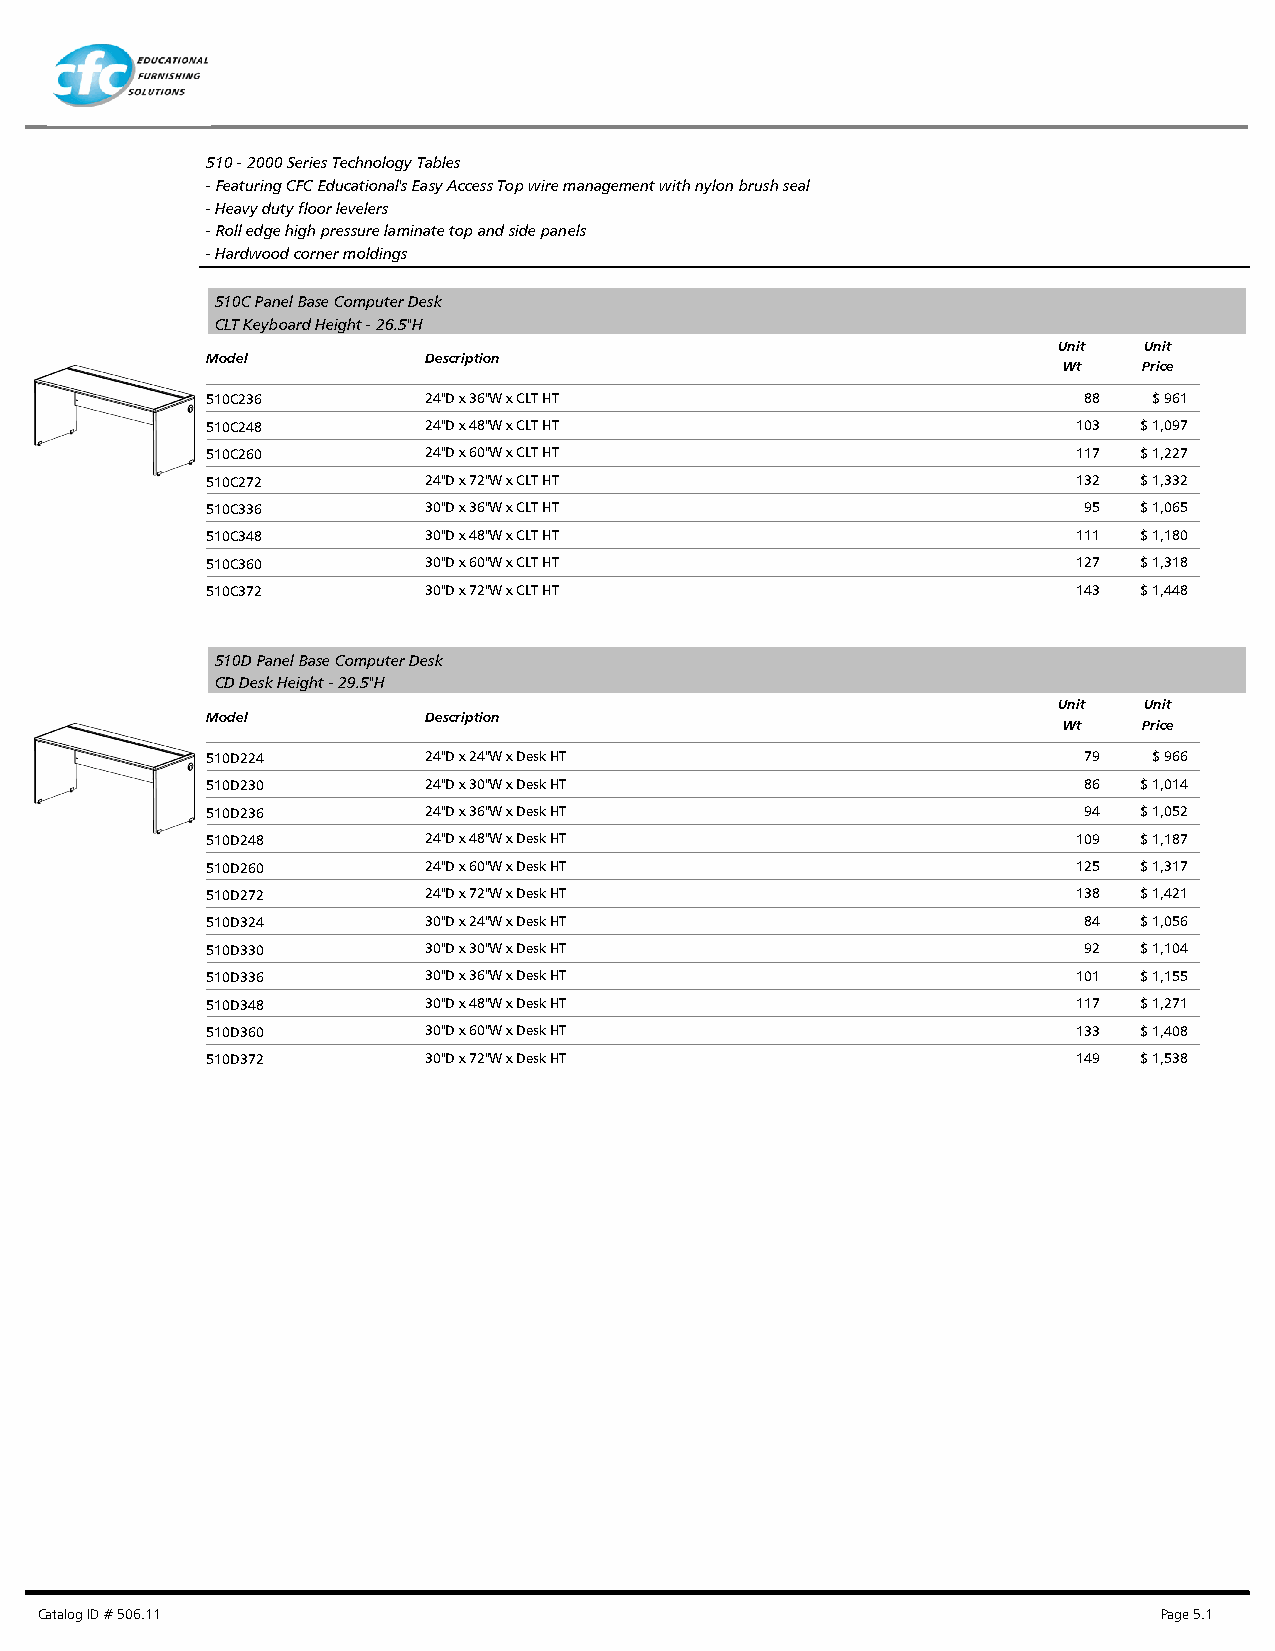
510 - 2000 Series Technology Tables
 - Featuring CFC Educational's Easy Access Top wire management with nylon brush seal
 - Heavy duty floor levelers
 - Roll edge high pressure laminate top and side panels
 - Hardwood corner moldings
 510C Panel Base Computer Desk
 CLT Keyboard Height - 26.5"H
 Unit  Unit
 Model         Description
 Wt    Price
 510C236       24"D x 36"W x CLT HT                        88  $ 961
 510C248       24"D x 48"W x CLT HT                       103 $ 1,097
 510C260       24"D x 60"W x CLT HT                       117 $ 1,227
 510C272       24"D x 72"W x CLT HT                       132 $ 1,332
 510C336       30"D x 36"W x CLT HT                        95 $ 1,065
 510C348       30"D x 48"W x CLT HT                       111 $ 1,180
 510C360       30"D x 60"W x CLT HT                       127 $ 1,318
 510C372       30"D x 72"W x CLT HT                       143 $ 1,448
 510D Panel Base Computer Desk
 CD Desk Height - 29.5"H
 Unit  Unit
 Model         Description
 Wt    Price
 510D224       24"D x 24"W x Desk HT                       79  $ 966
 510D230       24"D x 30"W x Desk HT                       86 $ 1,014
 510D236       24"D x 36"W x Desk HT                       94 $ 1,052
 510D248       24"D x 48"W x Desk HT                      109 $ 1,187
 510D260       24"D x 60"W x Desk HT                      125 $ 1,317
 510D272       24"D x 72"W x Desk HT                      138 $ 1,421
 510D324       30"D x 24"W x Desk HT                       84 $ 1,056
 510D330       30"D x 30"W x Desk HT                       92 $ 1,104
 510D336       30"D x 36"W x Desk HT                      101 $ 1,155
 510D348       30"D x 48"W x Desk HT                      117 $ 1,271
 510D360       30"D x 60"W x Desk HT                      133 $ 1,408
 510D372       30"D x 72"W x Desk HT                      149 $ 1,538
 Catalog ID # 506.11                                                        Page 5.1